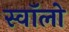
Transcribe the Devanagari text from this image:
स्वॉलो